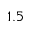
1 . 5